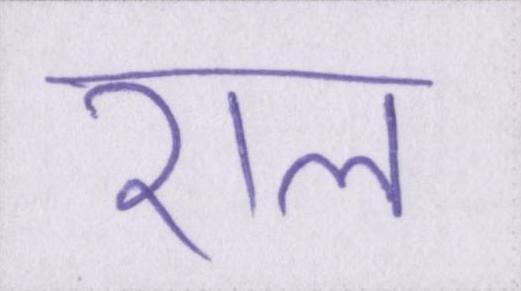
राल